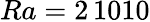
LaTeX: Ra=2\, 1010